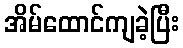
အိမ်ထောင်ကျခဲ့ပြီး